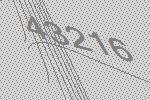
43216